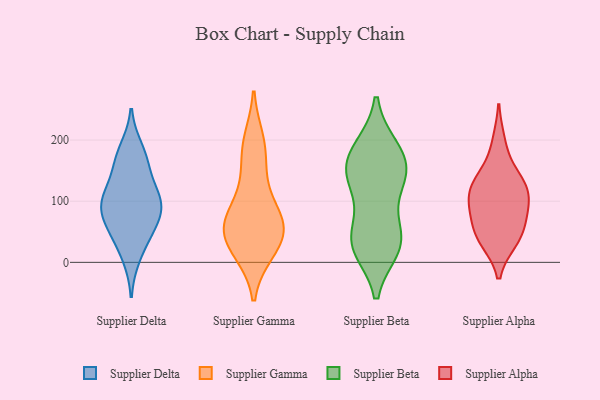
{"axis": {"x": "Gross Profit (USD K)", "y": "Value"}, "legend": ["Supplier Alpha", "Supplier Beta", "Supplier Delta", "Supplier Gamma"], "data": [{"x": "", "y": 73, "type": "Supplier Delta"}, {"x": "", "y": 10, "type": "Supplier Delta"}, {"x": "", "y": 49, "type": "Supplier Delta"}, {"x": "", "y": 101, "type": "Supplier Delta"}, {"x": "", "y": 109, "type": "Supplier Delta"}, {"x": "", "y": 112, "type": "Supplier Delta"}, {"x": "", "y": 90, "type": "Supplier Delta"}, {"x": "", "y": 48, "type": "Supplier Delta"}, {"x": "", "y": 163, "type": "Supplier Delta"}, {"x": "", "y": 89, "type": "Supplier Delta"}, {"x": "", "y": 184, "type": "Supplier Delta"}, {"x": "", "y": 162, "type": "Supplier Delta"}, {"x": "", "y": 56, "type": "Supplier Gamma"}, {"x": "", "y": 49, "type": "Supplier Gamma"}, {"x": "", "y": 131, "type": "Supplier Gamma"}, {"x": "", "y": 83, "type": "Supplier Gamma"}, {"x": "", "y": 21, "type": "Supplier Gamma"}, {"x": "", "y": 67, "type": "Supplier Gamma"}, {"x": "", "y": 181, "type": "Supplier Gamma"}, {"x": "", "y": 57, "type": "Supplier Gamma"}, {"x": "", "y": 198, "type": "Supplier Gamma"}, {"x": "", "y": 19, "type": "Supplier Gamma"}, {"x": "", "y": 163, "type": "Supplier Beta"}, {"x": "", "y": 30, "type": "Supplier Beta"}, {"x": "", "y": 153, "type": "Supplier Beta"}, {"x": "", "y": 132, "type": "Supplier Beta"}, {"x": "", "y": 51, "type": "Supplier Beta"}, {"x": "", "y": 147, "type": "Supplier Beta"}, {"x": "", "y": 186, "type": "Supplier Beta"}, {"x": "", "y": 36, "type": "Supplier Beta"}, {"x": "", "y": 186, "type": "Supplier Beta"}, {"x": "", "y": 31, "type": "Supplier Beta"}, {"x": "", "y": 124, "type": "Supplier Beta"}, {"x": "", "y": 25, "type": "Supplier Beta"}, {"x": "", "y": 109, "type": "Supplier Alpha"}, {"x": "", "y": 130, "type": "Supplier Alpha"}, {"x": "", "y": 109, "type": "Supplier Alpha"}, {"x": "", "y": 196, "type": "Supplier Alpha"}, {"x": "", "y": 126, "type": "Supplier Alpha"}, {"x": "", "y": 41, "type": "Supplier Alpha"}, {"x": "", "y": 145, "type": "Supplier Alpha"}, {"x": "", "y": 65, "type": "Supplier Alpha"}, {"x": "", "y": 79, "type": "Supplier Alpha"}, {"x": "", "y": 40, "type": "Supplier Alpha"}, {"x": "", "y": 94, "type": "Supplier Alpha"}, {"x": "", "y": 36, "type": "Supplier Alpha"}]}